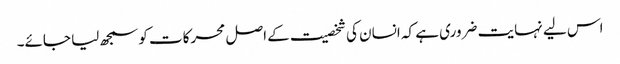
اس لیے نہایت ضروری ہے کہ انسان کی شخصیت کے اصل محرکات کو سمجھ لیا جائے۔